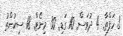
3 ހަފްތާ